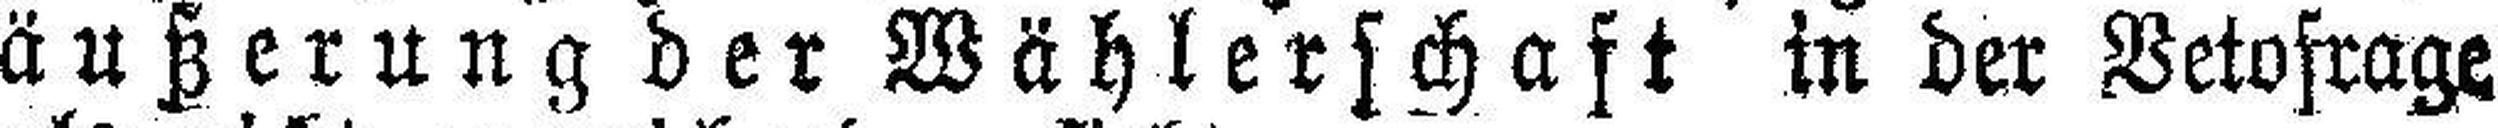
äußerung der Wählerschaft in der Vetofrage